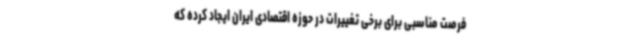
فرصت مناسبی برای برخی تغییرات در حوزه اقتصادی ایران ایجاد کرده که